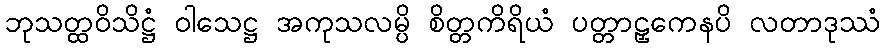
ဘုသတ္ထဝိသိဋ္ဌံ ဝါသေဋ္ဌ အကုသလမ္ပိ စိတ္တကိရိယံ ပတ္တာဠှကေနပိ လတာဒုဿံ